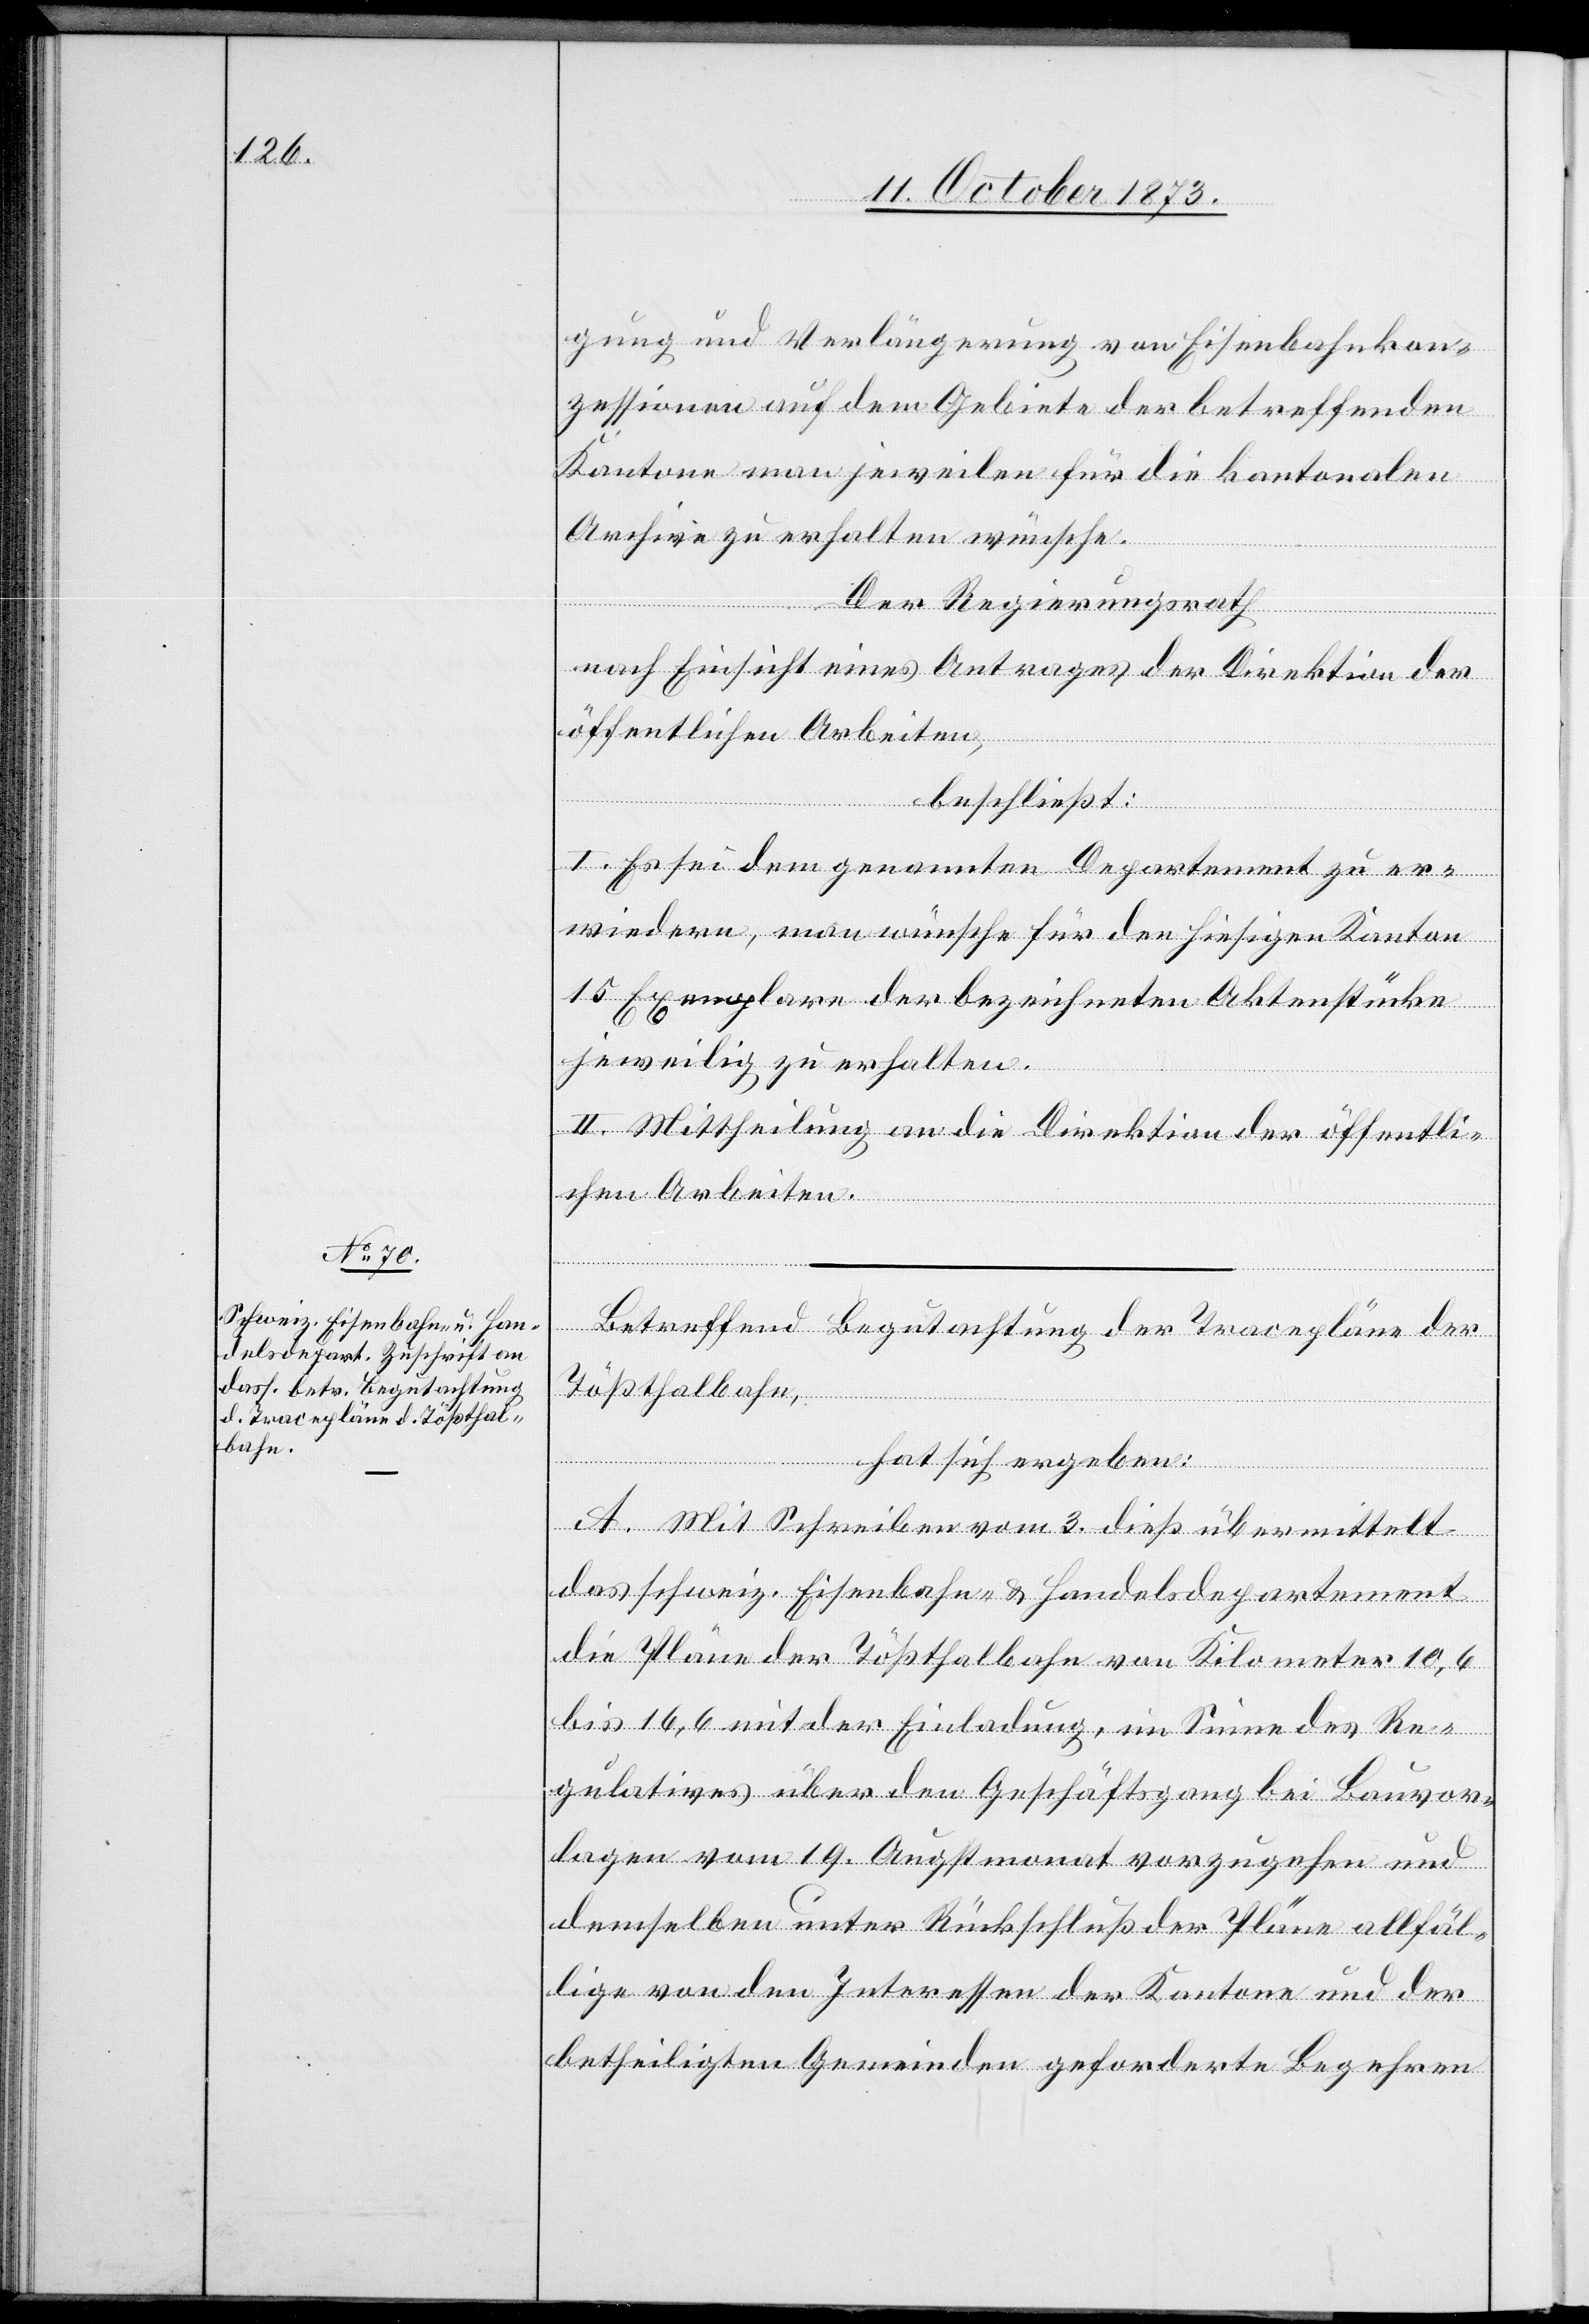
gung und Verlängerung von Eisenbahnkon¬
zessionen auf dem Gebiete der betreffenden
Kantone man jeweilen für die kantonalen
Archive zu erhalten wünsche.
Der Regierungsrath
nach Einsicht eines Antrages der Direktion der
öffentlichen Arbeiten,
beschließt:
l. Es sei dem genannten Departement zu er¬
wiedern, man wünsche für den hiesigen Kanton
15 Exemplare der bezeichneten Aktenstücke
jeweilig zu erhalten.
II. Mittheilung an die Direktion der öffentli¬
chen Arbeiten.
Betreffend Begutachtung der Tracepläne der
Tößthalbahn,
hat sich ergeben:
A. Mit Schreiben vom 3. dieß übermittelt
das schweiz. Eisenbahn- & Handelsdepartement
die Pläne der Tößthalbahn von Kilometer 10,6
bis 16,6 mit der Einladung, im Sinne des Re¬
gulatives über den Geschäftsgang bei Bauvor¬
lagen vom 19. Augstmonat vorzugehen und
demselben unter Rückschluß der Pläne allfäl¬
lige von den Interessen der Kantone und der
betheiligten Gemeinden geforderte Begehren